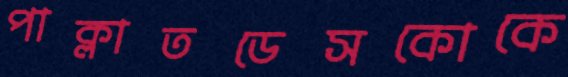
পাক্‌লাতডেসকোকে